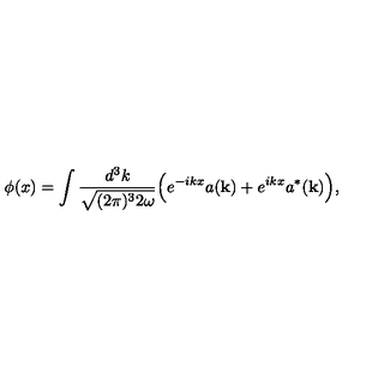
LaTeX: \phi ( x ) = \int { \frac { d ^ { 3 } k } { \sqrt { ( 2 \pi ) ^ { 3 } 2 \omega } } } \Big ( e ^ { - i k x } a ( { \bf k } ) + e ^ { i k x } a ^ { * } ( { \bf k } ) \Big ) ,